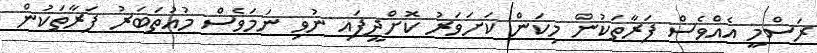
ރަސްމީ އެއްވެސް ފަރާތަކުން މިކަން ކަށަވަރު ކޮށްދީފައި ނުވި ނަމަވެސް މުއުތަބަރު ފަރާތަކުން